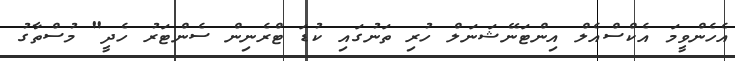
އެހެންވީމަ އެކްސްއެލް އިންޓަނޭޝަނަލް ހުރި ތަނުގައި ކުޑަ ޓްރެނިން ސެންޓަރު ހެދީ" މުސްތާގު